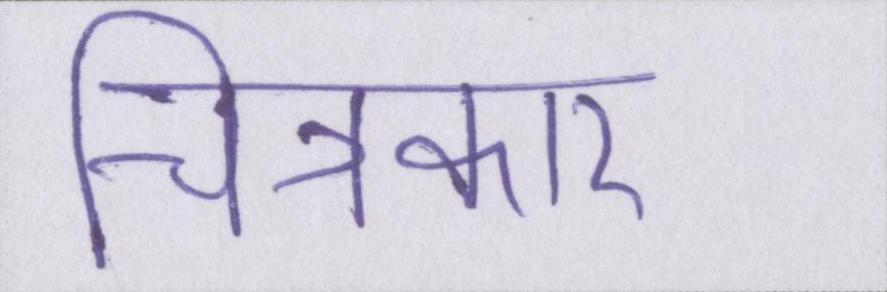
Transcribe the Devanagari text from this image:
चित्रकार